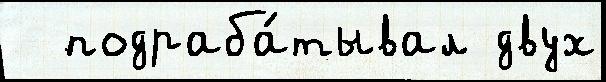
  подраба́тывал двух